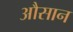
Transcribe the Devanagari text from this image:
औसान